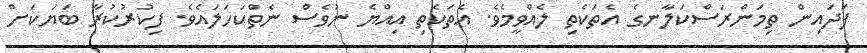
ފަދައިން ތިމަންރަސްކަލާނގެ އެތަކެތި ލެއްވީމެވެ. އެތަކެތި އިއްޔެ ނުވެސް ނެތްކަހަލައެވެ. ފިކުރުކުރާ ބަޔަކަށް